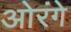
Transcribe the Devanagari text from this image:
ओरंगे